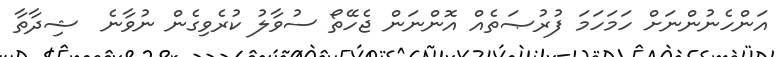
އަންހެނުންނަށް ހަމަހަމަ ފުރުޞަތެއް އޮންނަން ޖެހޭތޯ ސުވާލު ކުރެވިގެން ނުވާނެ  ޝިދާތާ